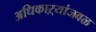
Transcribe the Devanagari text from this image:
अधिकाऱ्यांजवळ